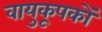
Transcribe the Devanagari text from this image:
वायुकूपकों